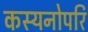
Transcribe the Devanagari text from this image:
कस्यनोपरि